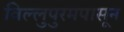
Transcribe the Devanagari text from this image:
विल्लुपुरमपासून